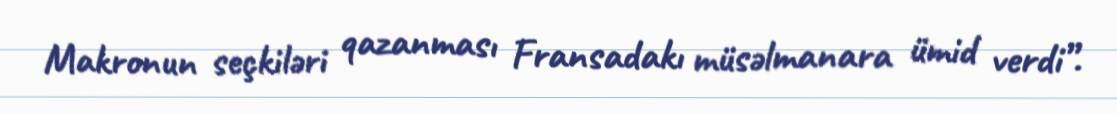
Makronun seçkiləri qazanması Fransadakı müsəlmanara ümid verdi”.